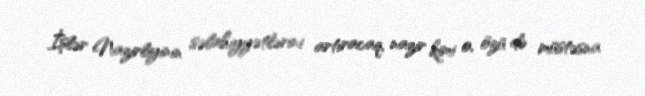
İşlər Nazirliyinin səlahiyyətlərini artıracaq, nazir kimi o, özü də müstəsna